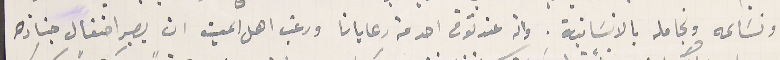
ونسَاعه ونجامله بالانسانية. وانه عند توفى احد من رعايانا ورغب اهل الميت ان يصير احتفال جنازه